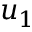
u _ { 1 }